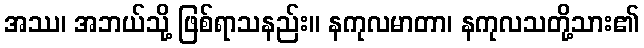
အဿ၊ အဘယ်သို့ ဖြစ်ရာသနည်း။ နကုလမာတာ၊ နကုလသတို့သား၏